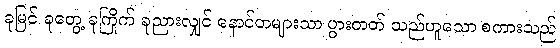
ခုမြင် ခုတွေ့ ခုကြိုက် ခုညားလျှင် နောင်တများသာ ပွားတတ် သည်ဟူသော စကားသည်